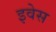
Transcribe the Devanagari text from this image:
इवेस